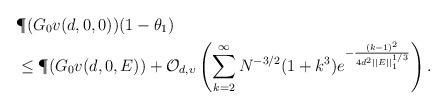
LaTeX: \begin{align*} & \P(G_0v (d, 0, 0)) (1 - \theta_1)\\ & \leq \P(G_0v (d, 0, E)) + \mathcal{O}_{d, \upsilon} \left( \sum_{k=2}^{\infty} N^{-3/2}(1+ k^3) e^{- \frac{(k-1)^2}{4 d^2 ||E||_1^{1/3}}} \right). \end{align*}